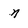
Character: n